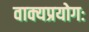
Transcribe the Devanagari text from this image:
वाक्यप्रयोगः